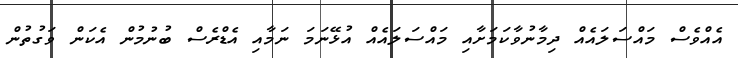
އެއްވެސް މައްސަލައެއް ދިމާނުވާކަމަށާއި މައްސަލައެއް އުޅޭނަމަ ނަމާއި އެޑްރެސް ބުނުމުން އެކަން ވަގުތުން